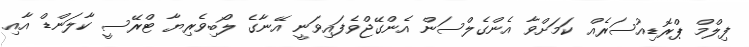
ފިލްމް ޕްރޮޑިއުސަރެއް ކަމަށްވާ އެންގެލްސަން އެންގޭޖްވެފައިވަނީ އޭނާގެ ލޯބިވެރިޔާ ޓްރޭސީ ކާލަންޑް އާއި